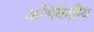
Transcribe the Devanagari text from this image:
अभिकेंद्रीय